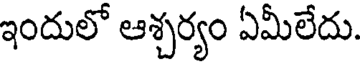
ఇందులో ఆశ్చర్యం ఏమీలేదు.